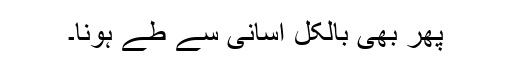
پھر بھی بالکل آسانی سے طے ہونا۔